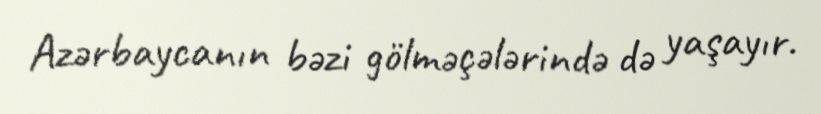
Azərbaycanın bəzi gölməçələrində də yaşayır.